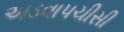
અડવાપચીસી